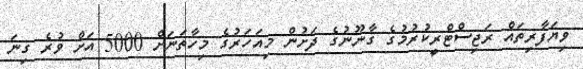
ވިޔަފާރިތައް ރަޖިސްޓްރީކުރުމުގެ ގާނޫނުގެ ދަށުން މިއަހަރުގެ މިހާތަނަށް 5000 އަށް ވުރެ ގިނަ